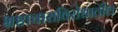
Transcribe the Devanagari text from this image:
भ्रष्टाचाराविरोधातील